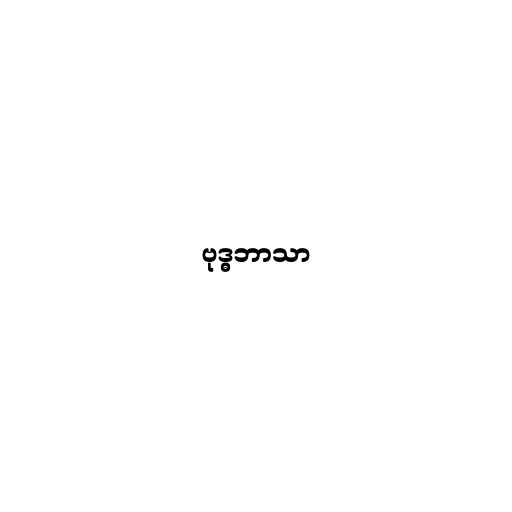
ဗုဒ္ဓဘာသာ